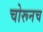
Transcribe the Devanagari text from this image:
चोरूनच